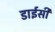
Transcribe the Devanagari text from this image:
डाईसी